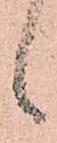
候